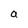
Character: a